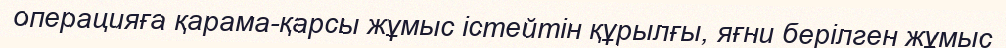
операцияға қарама-қарсы жұмыс істейтін құрылғы, яғни берілген жұмыс